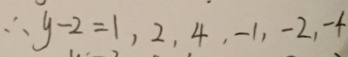
\therefore y - 2 = 1 , 2 , 4 , - 1 , - 2 , - 4